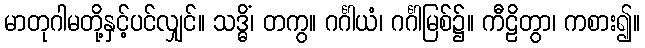
မာတုဂါမတို့နှင့်ပင်လျှင်။ သဒ္ဓိံ၊ တကွ။ ဂင်္ဂါယံ၊ ဂင်္ဂါမြစ်၌။ ကီဠိတွာ၊ ကစား၍။